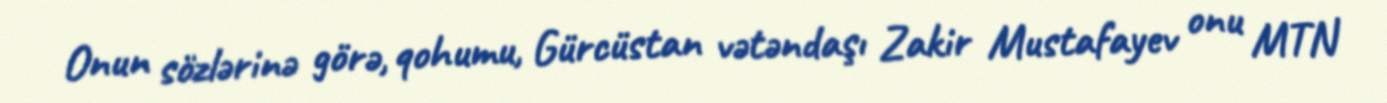
Onun sözlərinə görə, qohumu, Gürcüstan vətəndaşı Zakir Mustafayev onu MTN